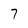
Character: 7